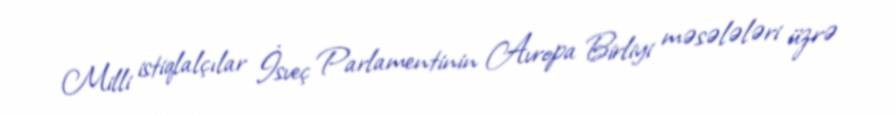
Milli istiqlalçılar İsveç Parlamentinin Avropa Birliyi məsələləri üzrə